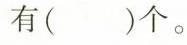
有()个。